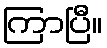
ကြာပြီ။